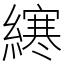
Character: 𫟂